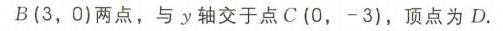
\(B(3,0)\)两点，与\(y\)轴交于点\(C(0,-3)\)，顶点为\(D\).